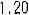
1.20